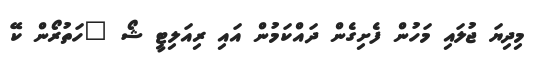
މިދިޔަ ޖުލައި މަހުން ފެށިގެން ދައްކަމުން އައި ރިއަލިޓީ ޝޯ "ހަތުރޯން ކޭ